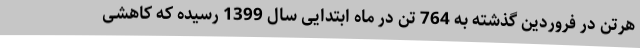
هرتن در فروردین گذشته به 764 تن در ماه ابتدایی سال 1399 رسیده که کاهشی